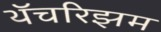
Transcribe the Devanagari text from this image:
थॅचरिझम